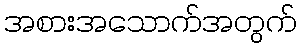
အစားအသောက်အတွက်